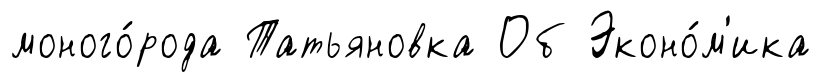
моного́рода Татьяновка Об Эконо́м'ика